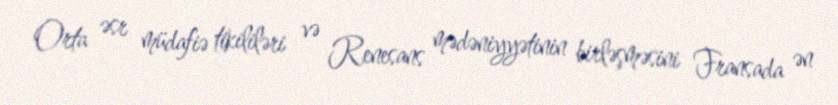
Orta əsr müdafiə tikililəri və Renesans mədəniyyətinin birləşməsini Fransada ən